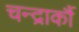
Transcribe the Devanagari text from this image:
चन्द्रार्कौ